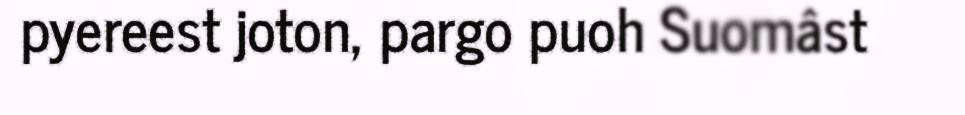
pyereest joton, pargo puoh Suomâst